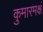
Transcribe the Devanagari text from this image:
कुमारमक्षं